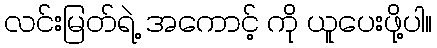
လင်းမြတ်ရဲ့ အကောင့် ကို ယူပေးဖို့ပါ။